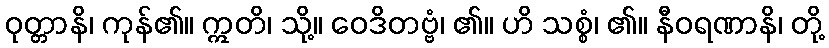
ဝုတ္တာနိ၊ ကုန်၏။ ဣတိ၊ သို့။ ဝေဒိတဗ္ဗံ၊ ၏။ ဟိ သစ္စံ၊ ၏။ နီဝရဏာနိ၊ တို့